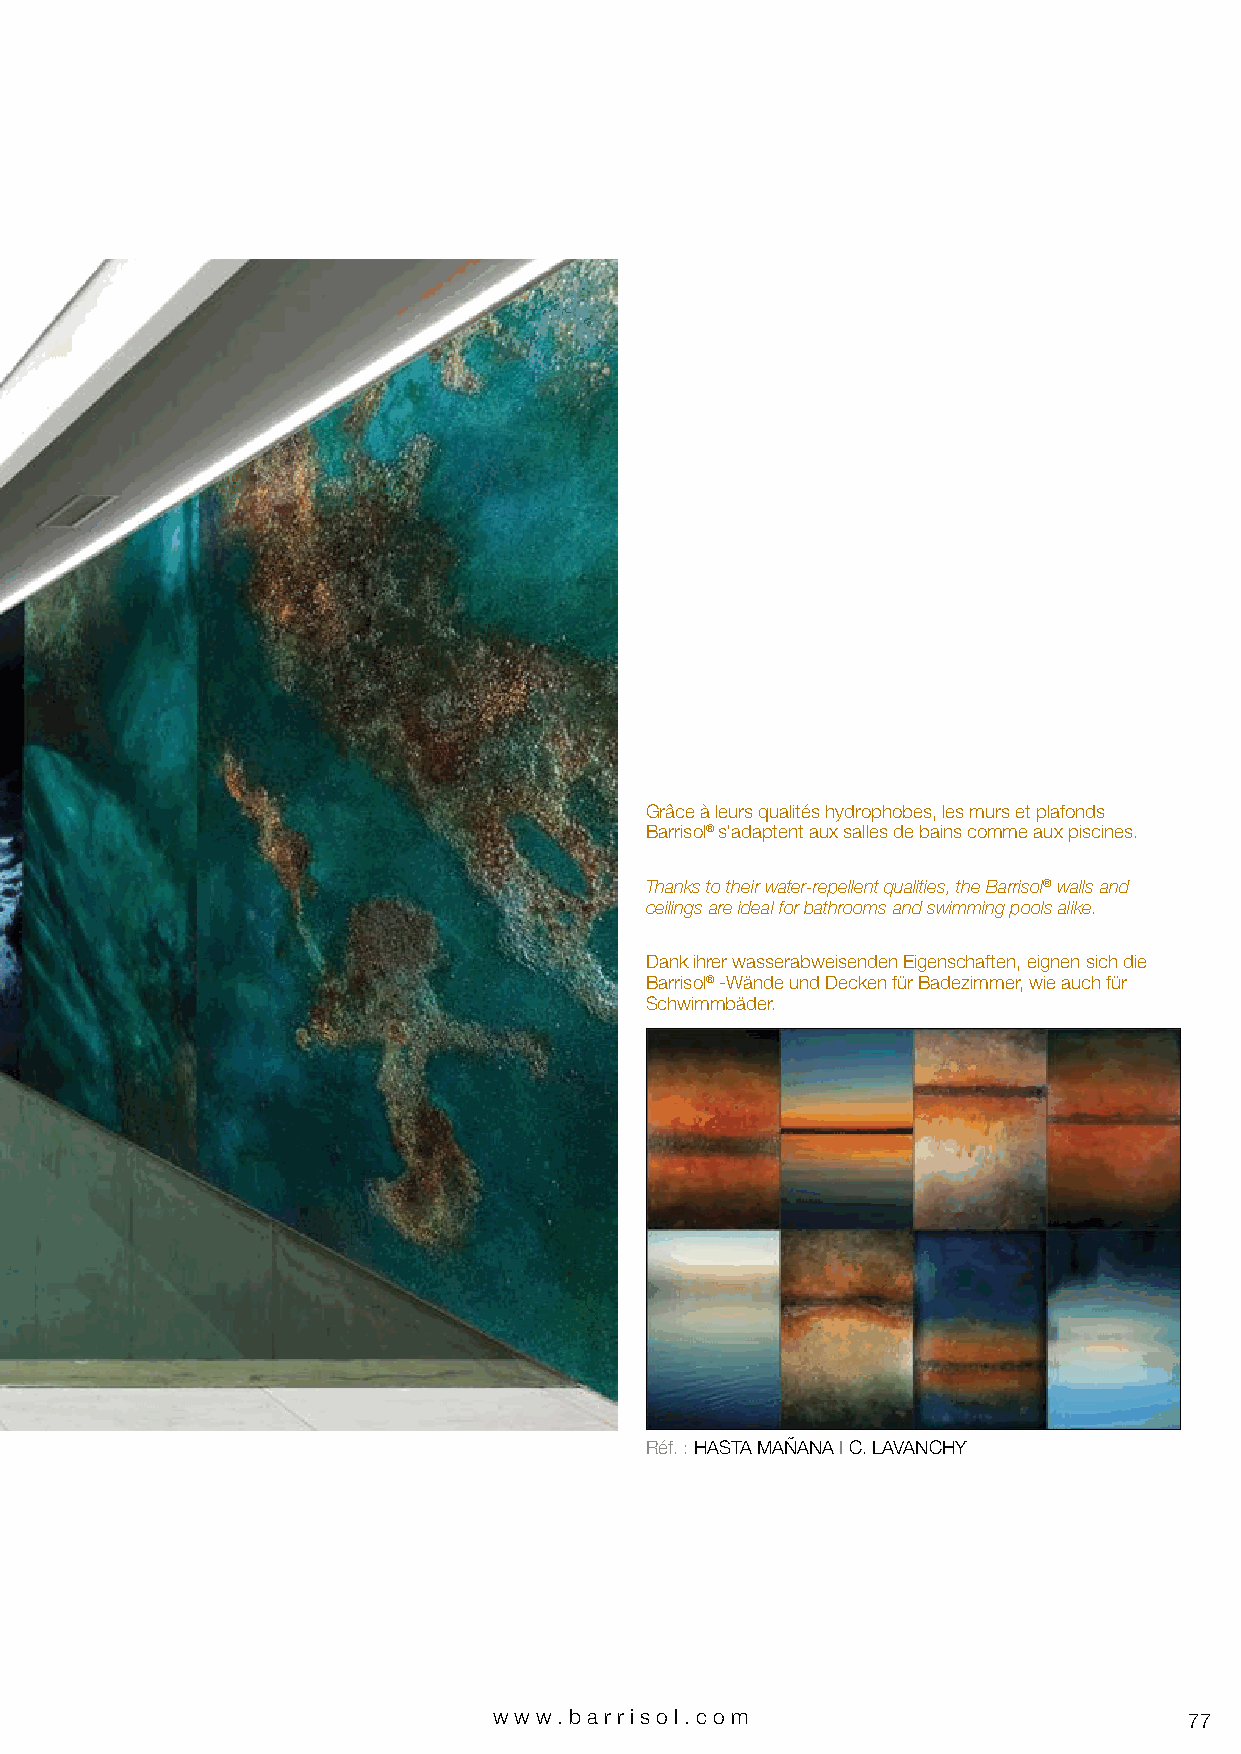
Grâce à leurs qualités hydrophobes, les murs et plafonds
 Barrisol® s’adaptent aux salles de bains comme aux piscines.
 Thanks to their water-repellent qualities, the Barrisol® walls and
 ceilings are ideal for bathrooms and swimming pools alike.
 Dank ihrer wasserabweisenden Eigenschaften, eignen sich die
 Barrisol® -Wände und Decken für Badezimmer, wie auch für
 Schwimmbäder.
 Réf. : HASTA MAÑANA I C. LAVANCHY
 www.bar riso l. com                           77